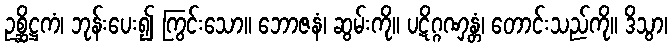
ဥစ္ဆိဋ္ဌကံ၊ ဘုန်းပေး၍ ကြွင်းသော။ ဘောဇနံ၊ ဆွမ်းကို။ ပဋိဂ္ဂဏှန္တံ၊ တောင်းသည်ကို။ ဒိသွာ၊